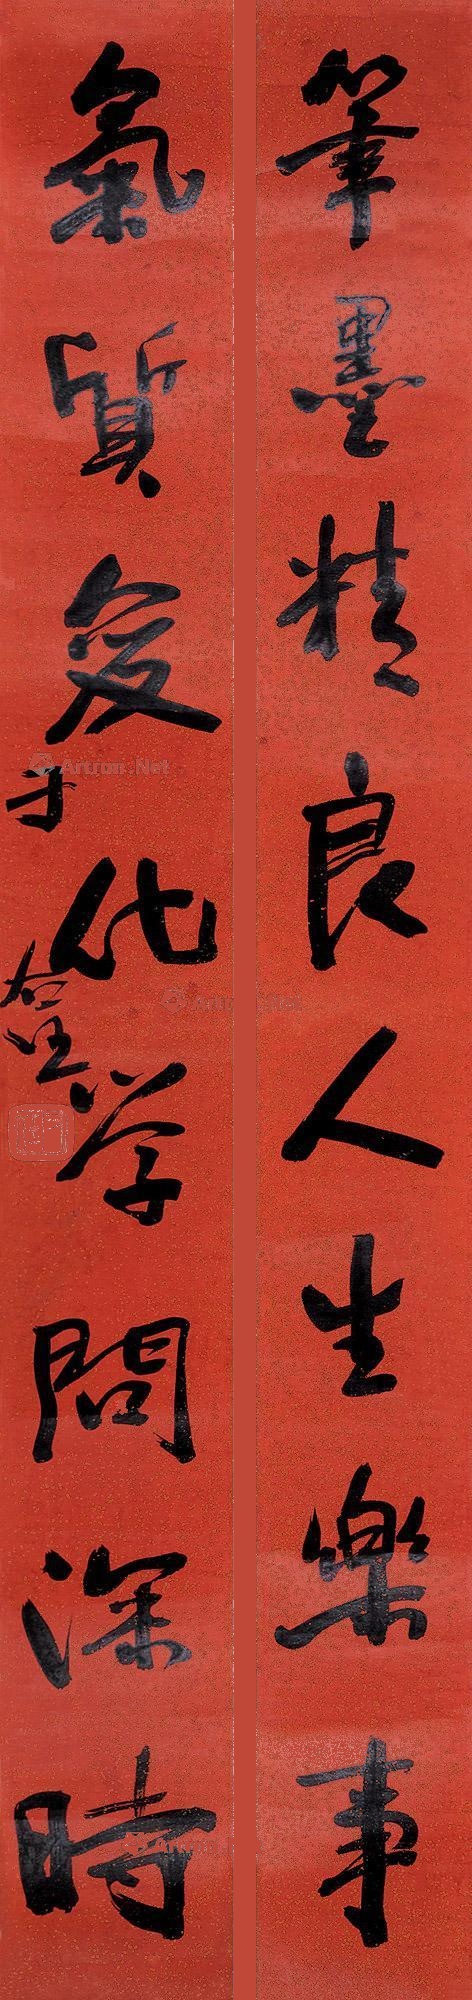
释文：笔墨精良人生乐事，气质变化学问深时。于右任